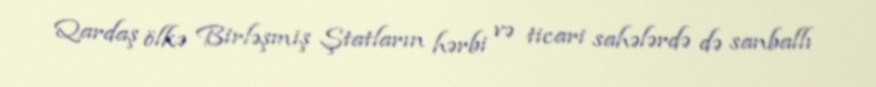
Qardaş ölkə Birləşmiş Ştatların hərbi və ticari sahələrdə də sanballı